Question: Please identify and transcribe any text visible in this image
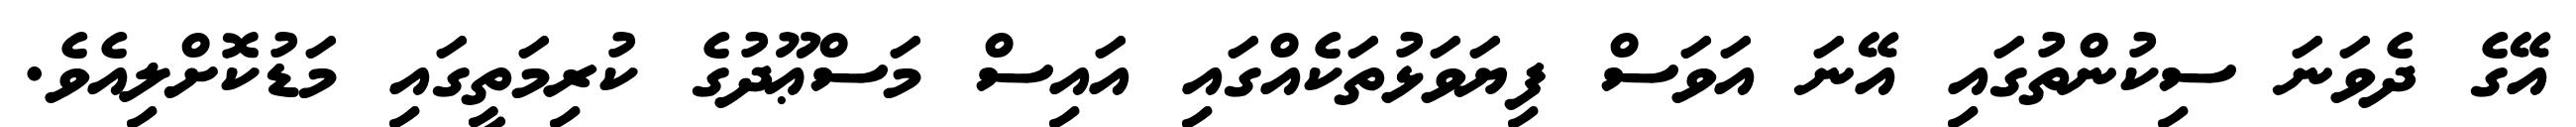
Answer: އޭގެ ދެވަނަ ސިކުންތުގައި އޭނަ އަވަސް ފިޔަވަޅުތަކެއްގައި އައިސް މަސްޢޫދުގެ ކުރިމަތީގައި މަޑުކޮށްލިއެވެ.